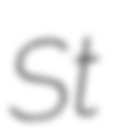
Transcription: St